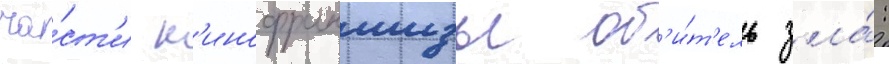
ча́ст'и к'инофраншизы об'и́т'ель зла́: